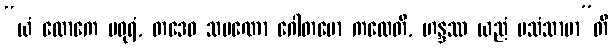
“ယံ လောကေ မဓုရံ, တဒေဝ သမဏော ဂေါတမော ကထေတိ, ဟန္ဒဿ ယညံ ပသံသာမာ”တိ